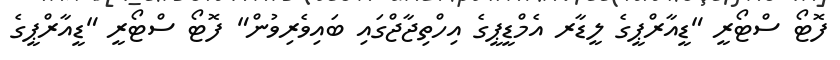
ފޮޓޯ ސްޓޯރީ "ޑީއާރްޕީގެ ލީޑާރ އެމްޑީޕީގެ އިހްތިޖާޖްގައި ބައިވެރިވުން" ފޮޓޯ ސްޓޯރީ "ޑީއާރްޕީގެ